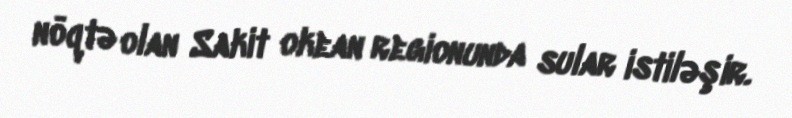
nöqtə olan Sakit okean regionunda sular istiləşir.